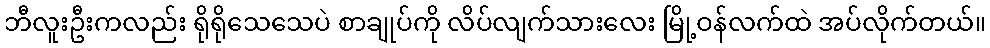
ဘီလူးဦးကလည်း ရိုရိုသေသေပဲ စာချုပ်ကို လိပ်လျက်သားလေး မြို့ဝန်လက်ထဲ အပ်လိုက်တယ်။